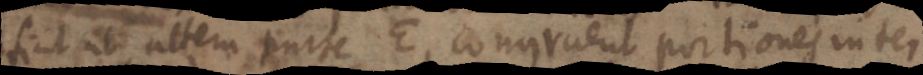
sint ab altem purte E, congruent portiones inter